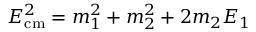
E _ { \mathrm { c m } } ^ { 2 } = m _ { 1 } ^ { 2 } + m _ { 2 } ^ { 2 } + 2 m _ { 2 } E _ { 1 }